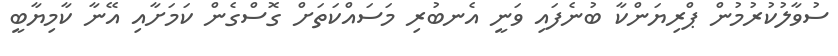
ސުވާލުކުރުމުން ޕްރިޔަންކާ ބުނެފައި ވަނީ އެނބުރި މަސައްކަތަށް ގޮސްގެން ކަމަށާއި އޭނާ ކާމިޔާބީ